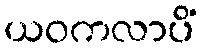
ယဝကလာပိံ